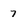
Character: 7